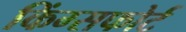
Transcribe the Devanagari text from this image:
किंग्सफोर्ट